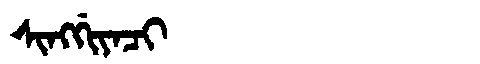
Manchu: ᠰᡳᠩᡤᡳᠶᠠᠴᡳ
Romanization: SINGGIYACI